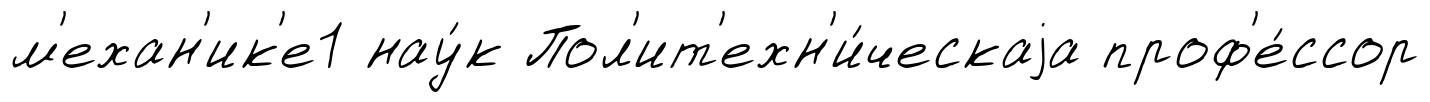
м'ехан'ик'е1 нау́к Пол'ит'ехн'и́ческаjа проф'е́ссор